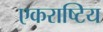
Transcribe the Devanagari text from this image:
एकराष्टिय